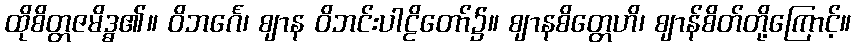
ထိုစိတ္တဇမိဒ္ဓ၏။ ဝိဘင်္ဂေ၊ ဈာန ဝိဘင်းပါဠိတော်၌။ ဈာနစိတ္တေဟိ၊ ဈာန်စိတ်တို့ကြောင့်။